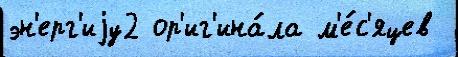
эн'ерг'иjу2 ор'иг'ина́ла м'е́с'яцев